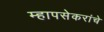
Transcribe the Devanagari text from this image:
म्हापसेकरांचे